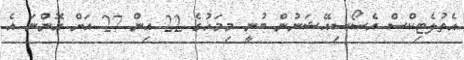
އެތުލެޓިކްސް އެސޯސިއޭޝަނުން ބުނީ މިމަހުގެ 22 އިން 27 އަށް އޮންނަ އެ